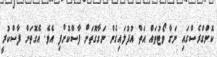
ކޮންގްރެސްގައި ނަގާ ވޯޓުތައް އަތް އުުފުލައިގެން ނަގާގޮތަށް ފާސްކޮށްފި އެވެ. އެގޮތަށް ފާސްކުރީ